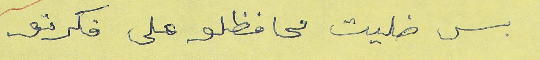
بس ضليت محافظلو على فكرتو